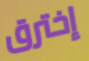
إخترق